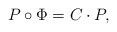
LaTeX: \begin{align*} P\circ\Phi = C\cdot P,\end{align*}